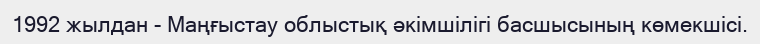
1992 жылдан - Маңғыстау облыстық әкімшілігі басшысының көмекшісі.